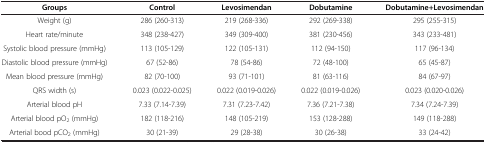
| Groups | Control | Levosimendan | Dobutamine | Dobutamine+Levosimendan |
 | --- | --- | --- | --- | --- |
 | Weight (g) | 286 (260-313) | 219 (268-336) | 292 (269-338) | 295 (255-315) |
 | Heart rate/minute | 348 (238-427) | 349 (309-400) | 381 (230-456) | 343 (233-481) |
 | Systolic blood pressure (mmHg) | 113 (105-129) | 122 (105-131) | 112 (94-150) | 117 (96-134) |
 | Diastolic blood pressure (mmHg) | 67 (52-86) | 78 (54-86) | 72 (48-100) | 65 (45-87) |
 | Mean blood pressure (mmHg) | 82 (70-100) | 93 (71-101) | 81 (63-116) | 84 (67-97) |
 | QRS width (s) | 0.023 (0.022-0.025) | 0.022 (0.019-0.026) | 0.022 (0.019-0.026) | 0.023 (0.020-0.026) |
 | Arterial blood pH | 7.33 (7.14-7.39) | 7.31 (7.23-7.42) | 7.36 (7.21-7.38) | 7.34 (7.24-7.39) |
 | Arterial blood pO2 (mmHg) | 182 (118-216) | 148 (105-219) | 153 (128-288) | 149 (118-288) |
 | Arterial bood pCO2 (mmHg) | 30 (21-39) | 29 (28-38) | 30 (26-38) | 33 (24-42) |